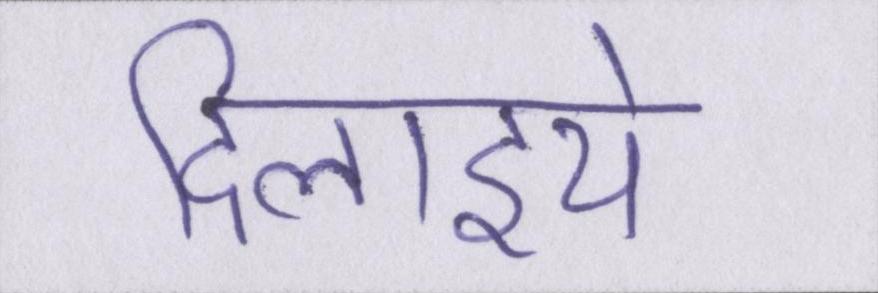
दिलाइये